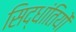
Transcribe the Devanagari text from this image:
सिद्धांतियों